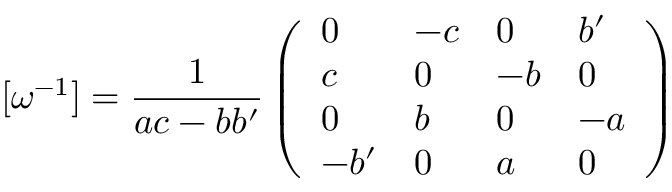
[ { { \omega } ^ { - 1 } } ] = { \frac { 1 } { a c - b { b ^ { \prime } } } } \left( \begin{array} { l l l l } { { 0 } } & { { - c } } & { { 0 } } & { { { b ^ { \prime } } } } \\ { { c } } & { { 0 } } & { { - b } } & { { 0 } } \\ { { 0 } } & { { b } } & { { 0 } } & { { - a } } \\ { { - { b ^ { \prime } } } } & { { 0 } } & { { a } } & { { 0 } } \end{array} \right)